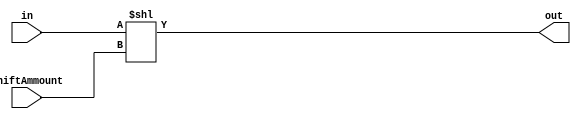
module ShiftLeftRegister(
    output [31:0] out,
    input [31:0] in,
    input [4:0] shiftAmmount
);
assign out = in << shiftAmmount;
endmodule // ShiftRegister


module shiftRegTest;

wire [31:0]out;
reg [31:0] in;
reg [4:0] shiftAmmount;

ShiftLeftRegister sh(out, in, shiftAmmount);

initial
begin
$monitor("in: %d, out:%d", in, out);
    shiftAmmount = 2;
    in = 10;
    #2
    in = 100;

end

endmodule // shiftRegTest